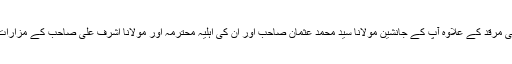
آپ کی مرقد کے علاوہ آپ کے جانشین مولانا سید محمد عثمان صاحب اور ان کی اہلیہ محترمہ اور مولانا اشرف علی صاحب کے مزارات ہیں۔